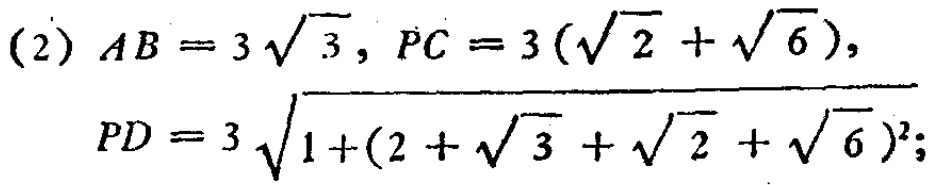
(2) \(AB = 3\sqrt{3}, PC = 3(\sqrt{2}+\sqrt{6})\),

\(PD = 3\sqrt{1+(2 + \sqrt{3}+\sqrt{2}+\sqrt{6})^2}\);